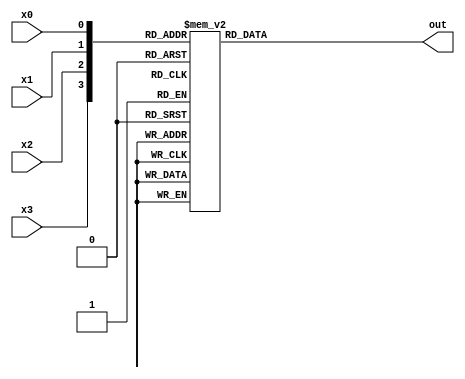
module seven_seg_decoder(x3,x2,x1,x0,out);
input x3,x2,x1,x0;
output reg [6:0] out;

always@(x3 or x2 or x1 or x0)
begin
	case({x3,x2,x1,x0})
	4'b0000:out = 7'b0000001;
	4'b0001:out = 7'b1001111;
	4'b0010:out = 7'b0010010;
	4'b0011:out = 7'b0000110;
	4'b0100:out = 7'b1001100;
	4'b0101:out = 7'b0100100;
	4'b0110:out = 7'b0100000;
	4'b0111:out = 7'b0001111;
	4'b1000:out = 7'b0000000;
	4'b1001:out = 7'b0001100;
	4'b1010:out = 7'b0001000;
	4'b1011:out = 7'b1100000;
	4'b1100:out = 7'b0110001;
	4'b1101:out = 7'b1000010;
	4'b1110:out = 7'b0110000;
	4'b1111:out = 7'b0111000;
	endcase
end
endmodule